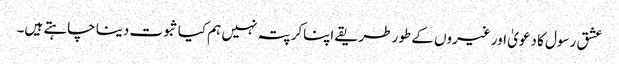
عشق رسول کا دعویٰ اور غیروں کے طور طریقے اپناکر پتہ نہیں ہم کیا ثبوت دینا چاہتے ہیں۔